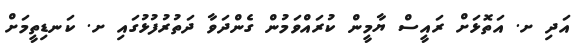
އަދި ށ. އަތޮޅަށް ރައީސް ޔާމީން ކުރައްވަމުން ގެންދަވާ ދަތުރުފުޅުގައި ށ. ކަނޑިތީމަށް